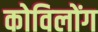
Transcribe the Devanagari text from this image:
कोविलोंग